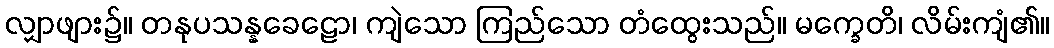
လျှာဖျား၌။ တနုပသန္နခေဠော၊ ကျဲသော ကြည်သော တံထွေးသည်။ မက္ခေတိ၊ လိမ်းကျံ၏။